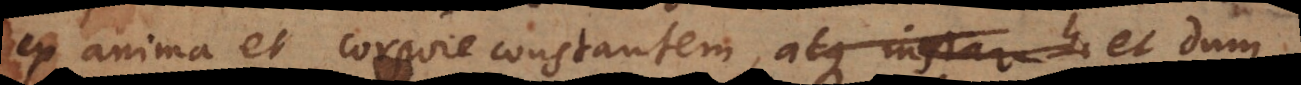
ex anima et corpore constantem, atque instar h et dum